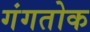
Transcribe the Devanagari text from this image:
गंगतोक